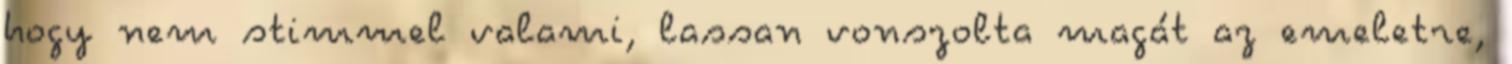
hogy nem stimmel valami, lassan vonszolta magát az emeletre,